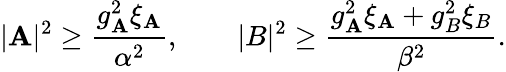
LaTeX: |\mathbf{A}|^{2}\geq\frac{{g_{\mathbf{A}}^{2}\xi_{\mathbf{A}}}}{{\alpha^{2}}},\qquad|B|^{2}\geq\frac{{g_{\mathbf{A}}^{2}\xi_{\mathbf{A}}+g_{B}^{2}\xi_{B}}}{{\beta^{2}}}.